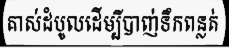
គាស់ដំបូលដើម្បីបាញ់ទឹកពន្លត់